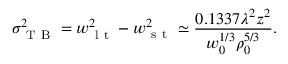
\sigma _ { \mathrm { ~ T ~ B ~ } } ^ { 2 } = w _ { \mathrm { ~ l ~ t ~ } } ^ { 2 } - w _ { \mathrm { ~ s ~ t ~ } } ^ { 2 } \simeq \frac { 0 . 1 3 3 7 \lambda ^ { 2 } z ^ { 2 } } { w _ { 0 } ^ { 1 / 3 } \rho _ { 0 } ^ { 5 / 3 } } .